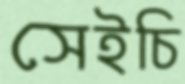
সেইচি